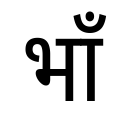
OCR:
भाँ